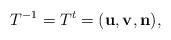
LaTeX: \begin{align*}T^{-1} = T^t = ({\bf u}, {\bf v}, {\bf n}),\end{align*}